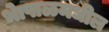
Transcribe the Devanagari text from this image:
भेापाळमधील